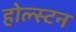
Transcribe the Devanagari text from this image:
होल्स्टन